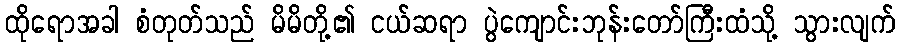
ထိုရောအခါ စံတုတ်သည် မိမိတို့၏ ငယ်ဆရာ ပွဲကျောင်းဘုန်းတော်ကြီးထံသို့ သွားလျက်